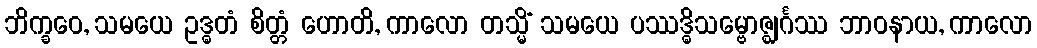
ဘိက္ခဝေ, သမယေ ဥဒ္ဓတံ စိတ္တံ ဟောတိ, ကာလော တသ္မိံ သမယေ ပဿဒ္ဓိသမ္ဗောဇ္ဈင်္ဂဿ ဘာဝနာယ, ကာလော